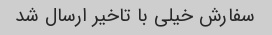
سفارش خیلی با تاخیر ارسال شد